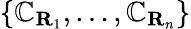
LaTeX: \left\{ \mathbb{C}_{\mathbf{{R}}_{1}},\ldots,\mathbb{C}_{\mathbf{{R}}_{n}}\right\}